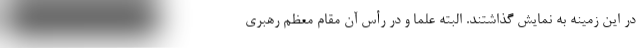
در این زمینه به نمایش گذاشتند. البته علما و در رأس آن مقام معظم رهبری